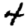
Digit: 4